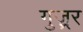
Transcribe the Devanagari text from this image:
गुज़्रर